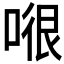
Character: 𭉂